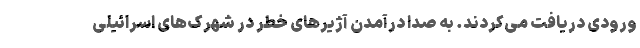
ورودی دریافت می‌کردند. به صدا درآمدن آژیرهای خطر در شهرک‌های اسرائیلی